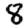
Digit: 8